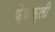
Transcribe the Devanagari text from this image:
फ़ेथफ़ुली